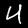
Label: 4